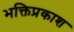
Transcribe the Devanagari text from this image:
भक्तिप्रकाश